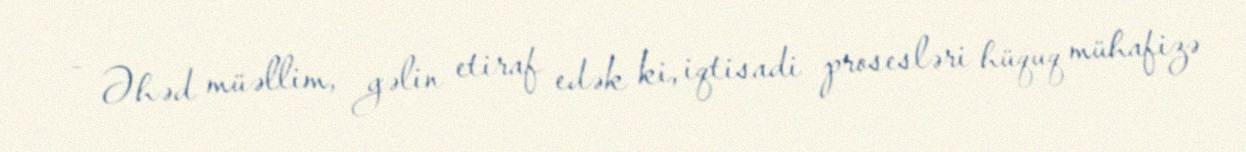
- Əhəd müəllim, gəlin etiraf edək ki, iqtisadi prosesləri hüquq mühafizə